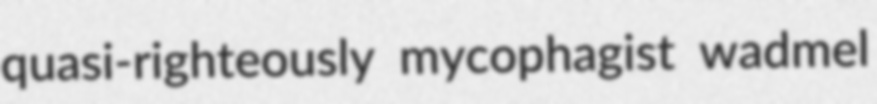
quasi-righteously mycophagist wadmel